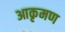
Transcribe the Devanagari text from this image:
आकृमण